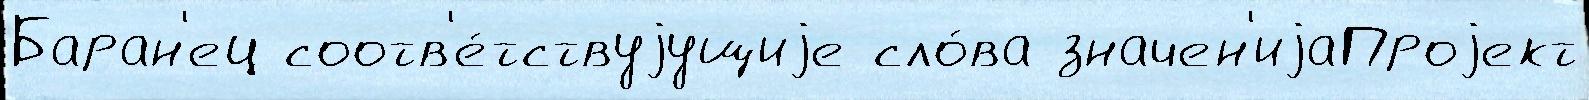
Баран'ец соотв'е́тствуjущиjе сло́ва значен'иjаПроjект